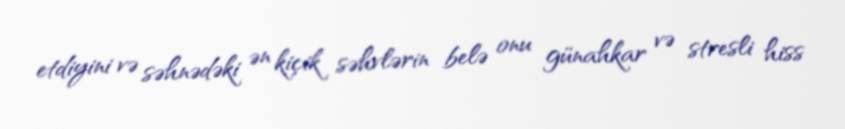
etdiyini və səhnədəki ən kiçik səhvlərin belə onu günahkar və stresli hiss